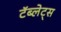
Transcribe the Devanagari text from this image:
टॅब्लेट्‍स